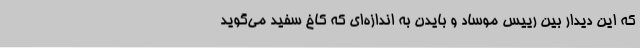
که این دیدار بین رییس موساد و بایدن به اندازه‌ای که کاخ سفید می‌گوید